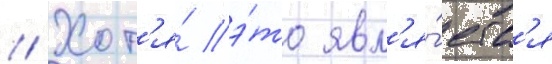
// Хот'я́ э́то явл'я́етс'я